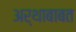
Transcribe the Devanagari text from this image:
अर्थाबाबत